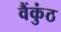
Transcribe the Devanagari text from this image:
वैंकुंठ